Problem: 42 ÷ 6 = ?
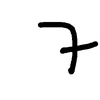
Handwritten answer: 7